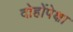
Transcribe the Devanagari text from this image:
दोहोंपेक्षा